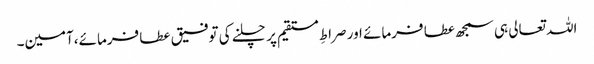
اللہ تعالی ہی سمجھ عطا فرمائے اور صراطِ مستقیم پر چلنے کی توفیق عطا فرمائے،آمین۔